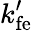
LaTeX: k_{\mathrm{fe}}^{\prime}